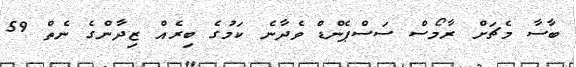
ބާސާ މެޗަށް ރާމޯސް ސަސްޕެންޑް ވެދާނެ ކަމުގެ ބިރެއް ޒިދާންގެ ނެތް 59